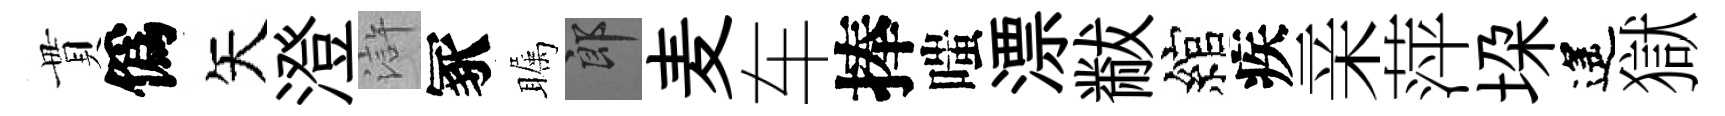
貫僞矢澄滸冢瞩郎麦车捧嗤漂黻綰疾亲萍垜遙獄